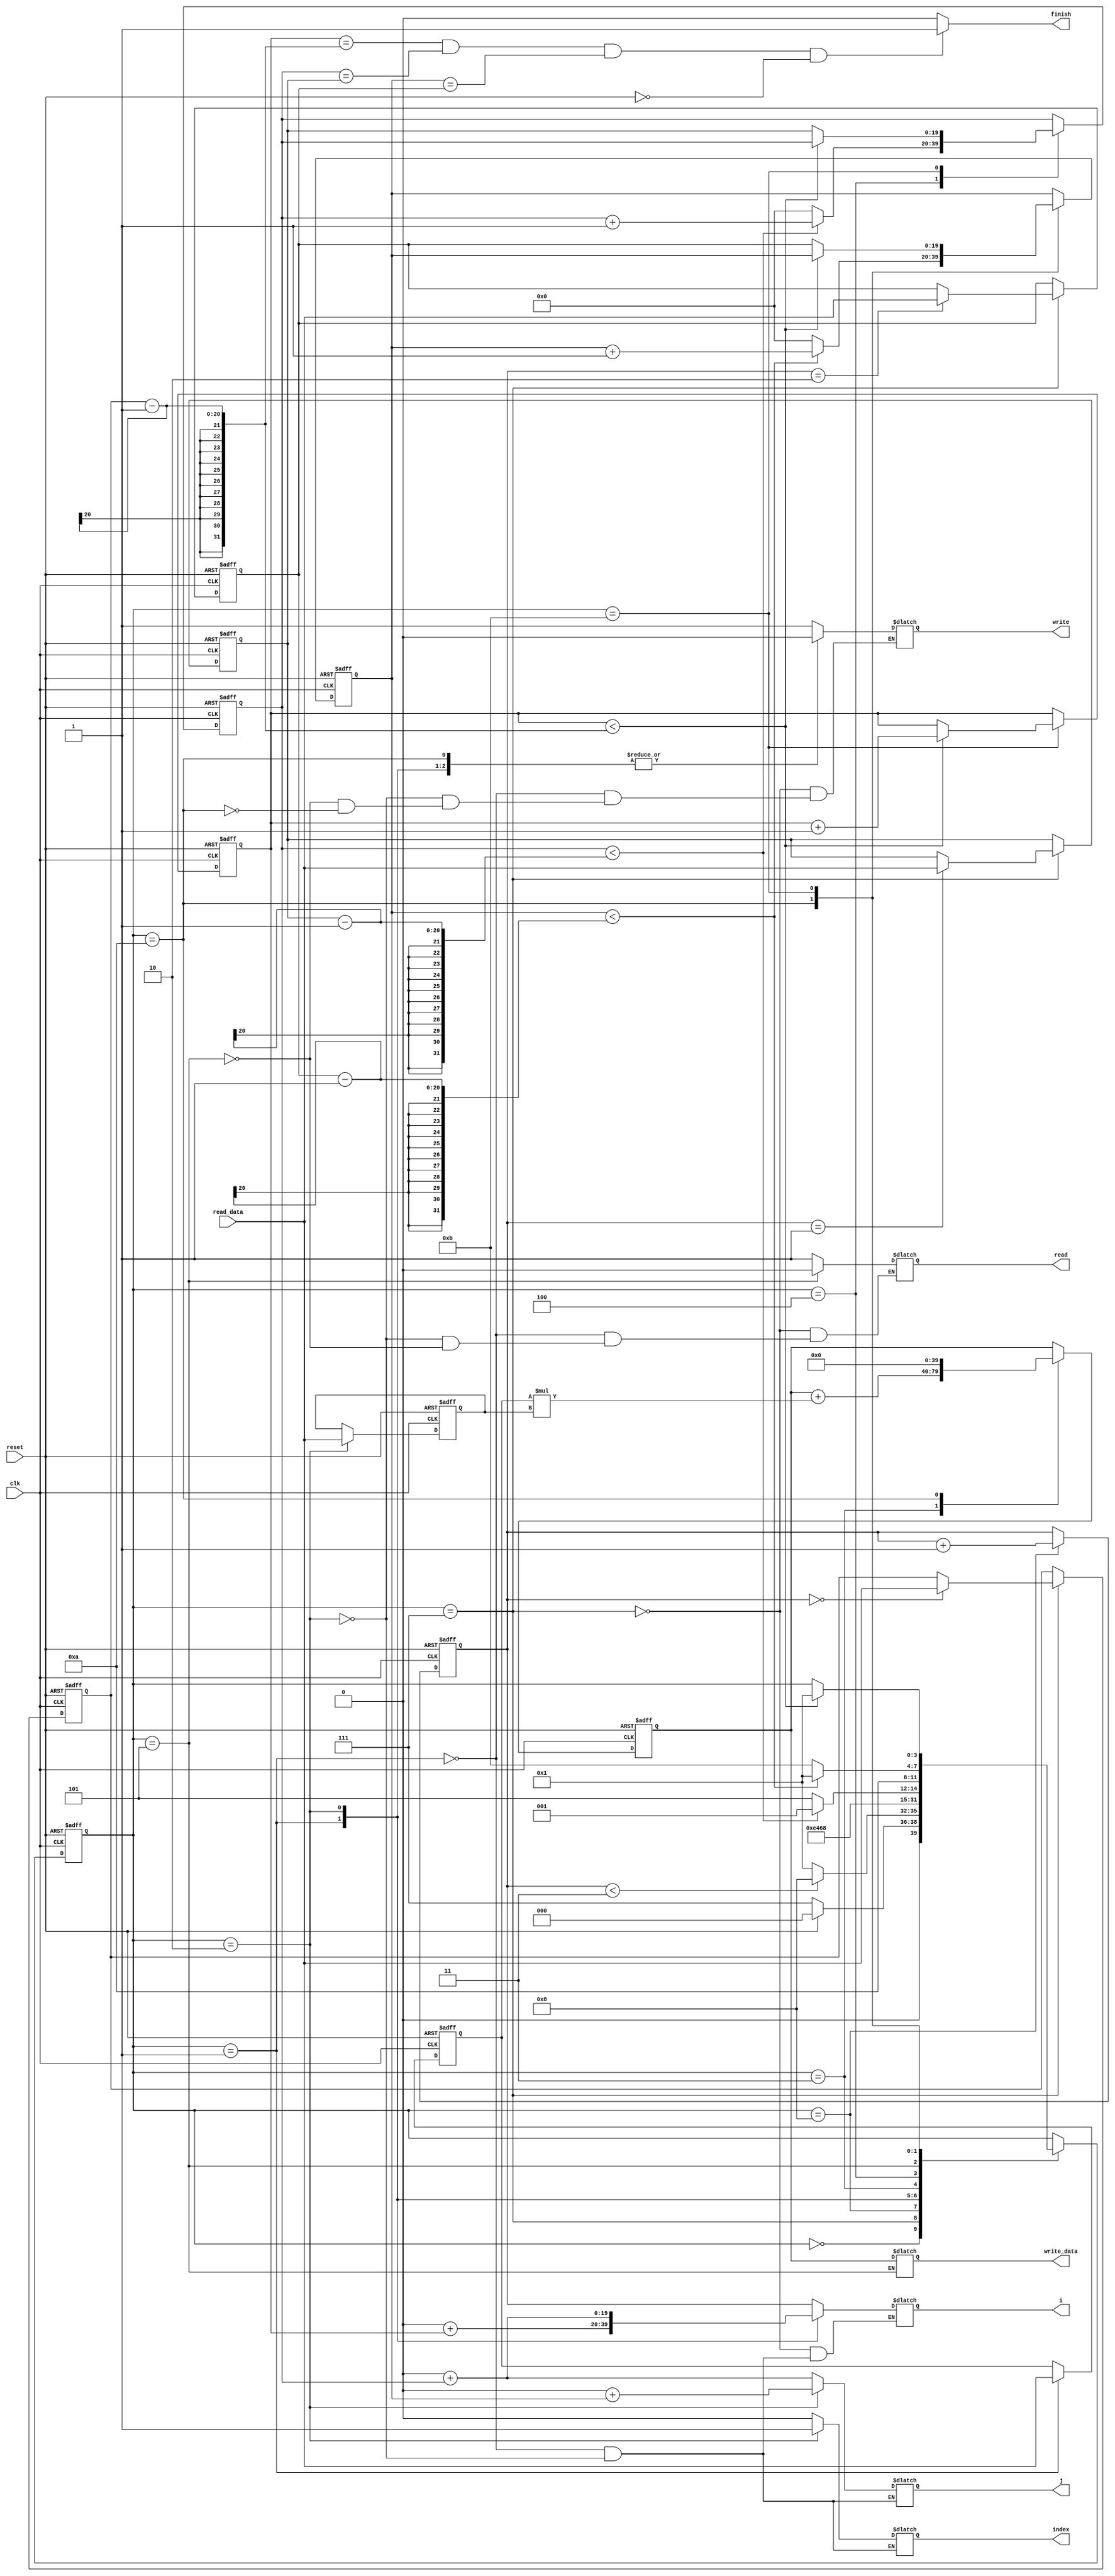
module MM(clk,i,j,reset,read,write,index,read_data,write_data,finish);

	input reset, clk;
	input [19:0]read_data;
	
	output [19:0]i, j;
	output read, write, index, finish;
	output [39:0]write_data;
	
	parameter IDLE = 4'b0000, MAT0 = 4'b0001, MAT1 = 4'b0010,
			  MULADD = 4'b0011, CHANGECOL1 = 4'b0100, WRITE = 4'b0101,
			  S1 = 4'b0111, S2 = 4'b1000, CHANGECOL2 = 4'b1010,
			  CHANGEROW1 =4'b1011;

	reg [3:0]state, next_state;
	reg [19:0]row1, col1, col2, next_row1, next_col1, next_col2;
	reg signed [19:0]a, b, next_a, next_b;
	reg readd, writee, indexx;
	reg [19:0]i_now,  j_now,  k, next_k, m,  next_m, n, next_n, ii, next_ii;
	reg signed [39:0]pres_sum, next_sum, write_data1;

	always@(posedge clk or posedge reset)begin
		if(reset)begin
			state <= IDLE;
			ii <= 20'd0;
			row1 <= 1'b0;
			col1 <= 1'b0;
			col2 <= 1'b0;
			m <= 1'b0;
			n <= 1'b0;
			k <= 1'b0;
			pres_sum <= 1'b0;
			a <= 0;
			b <= 0;
		end
		else begin
			state <= next_state;
			ii <= next_ii;
			row1 <= next_row1;
			col1 <= next_col1;
			col2 <= next_col2;
			m <= next_m;
			n <= next_n;
			k <= next_k;
			pres_sum <= next_sum;
			a <= next_a;
			b <= next_b;
		end
	end

	always@(*)begin
		next_state = state;
		next_ii = ii;
		next_row1 = row1;
		next_col1 = col1;
		next_col2 = col2;
		next_m = m;
		next_n = n;
		next_k = k;
		next_a = a;
		next_b = b;
		next_sum = pres_sum;
		case(state)
		  IDLE:begin
			next_state = (!reset)? S1 : IDLE;
		  end
		  S1:begin
			readd = 1'b1;
			writee = 1'b1;
			i_now = ii;
			next_row1 = (ii == 20'd0)? read_data : row1;
			next_col1 = (ii == 20'd1)? read_data : col1;
			next_col2 = (ii == 20'd2)? read_data : col2;
			next_state = (ii < 20'd3)? S2 : MAT0;
		  end
		  S2:begin
			next_ii = ii + 20'd1;
			next_state = S1;
		  end
		  MAT0:begin
			readd = 1'b1;
			writee = 1'b0;
			indexx = 1'b0;
			i_now = 1'b0 + m;
			j_now = 1'b0 + n;
			next_a = read_data;
			next_state = MAT1;
		  end
		  MAT1:begin
			readd = 1'b1;
			writee = 1'b0;
			indexx = 1'b1;
			i_now = 1'b0 + n;
			j_now = 1'b0 + k;
			next_b = read_data;
			next_state = MULADD;
		  end
		  MULADD:begin
			next_sum = pres_sum + a*b;
			next_state = CHANGECOL1;
		  end
		  CHANGECOL1:begin
			next_n = (n < col1-1)? n+1'b1 : 1'b0;
			next_state = (n < col1-1)? MAT0 : WRITE;
		  end
		  WRITE:begin
			readd = 1'b0;
			writee = 1'b1;
			write_data1 = pres_sum;
			next_state = CHANGECOL2;
		  end
		  CHANGECOL2:begin
			writee = 1'b0;
			next_k = (k < col2-1)? k+1'b1 : 1'b0;
			next_state = (k < col2-1)? MAT0 : CHANGEROW1;
			next_sum = 1'b0;
		  end
		  CHANGEROW1:begin
			if(m < row1-1)begin
				next_m = m + 1'b1;
				next_state = MAT0;
			end
			else begin
				next_m = m;
				next_n = col1;
				next_k = col2;
			end
		  end
		endcase
	end
	
	assign read = readd;
	assign write = writee;
	assign index = indexx;
	assign i = i_now;
	assign j = j_now;
	assign finish = (m == row1-1 && n == col1 && k == col2 && reset != 1'b1)? 1'b1 : 1'b0;
	assign write_data = write_data1; 

endmodule